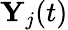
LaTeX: \mathbf{Y}_{j}(t)